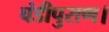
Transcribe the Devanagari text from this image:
चंडीपुराण।